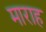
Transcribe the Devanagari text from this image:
माराह